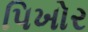
પિખોર